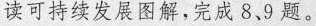
读可持续发展图解，完成8.9题。